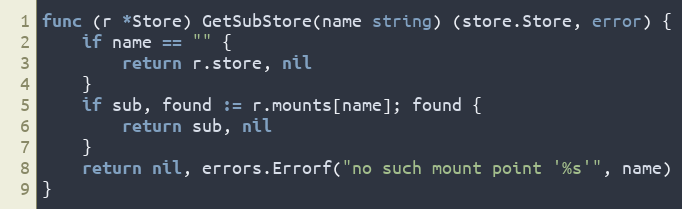
Language: Go
func (r *Store) GetSubStore(name string) (store.Store, error) {
	if name == "" {
		return r.store, nil
	}
	if sub, found := r.mounts[name]; found {
		return sub, nil
	}
	return nil, errors.Errorf("no such mount point '%s'", name)
}